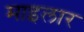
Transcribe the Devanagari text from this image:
माइलार